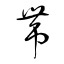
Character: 帯